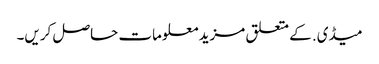
میڈی. کے متعلق مزید معلومات حاصل کریں۔